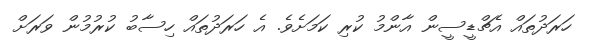
ހަރަދުތައް އެޗްޑީސީން އާންމު ކުރި ކަމަށެވެ. އެ ހަރަދުތައް ހިސާބު ކުރުމުން ވަރަށް